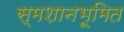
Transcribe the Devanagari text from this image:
स्मशानभूमित